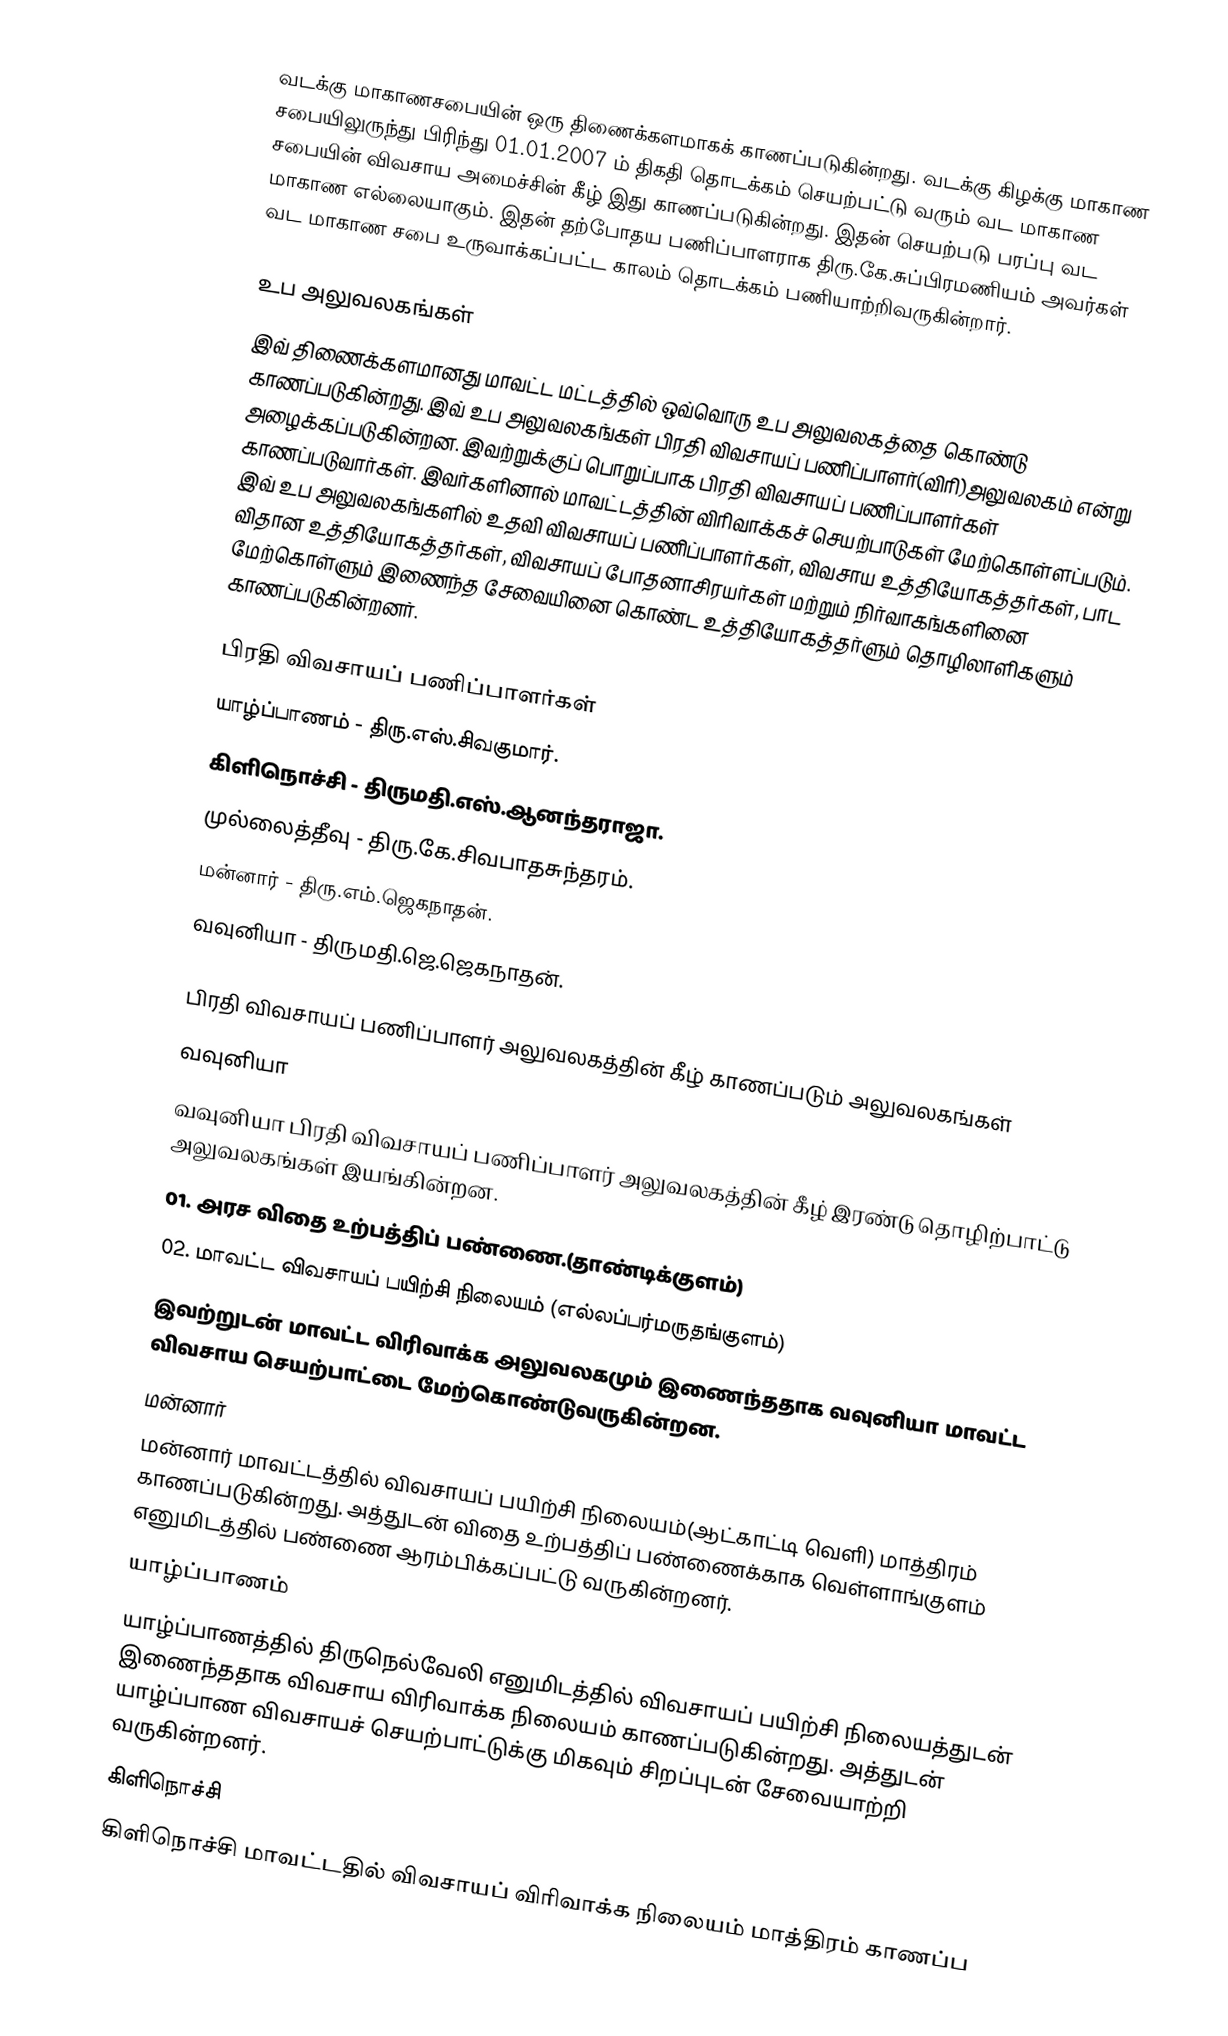
வடக்கு மாகாணசபையின் ஒரு திணைக்களமாகக் காணப்படுகின்றது. வடக்கு கிழக்கு மாகாண சபையிலுருந்து பிரிந்து 01.01.2007 ம் திகதி தொடக்கம் செயற்பட்டு வரும் வட மாகாண சபையின் விவசாய அமைச்சின் கீழ் இது காணப்படுகின்றது. இதன் செயற்படு பரப்பு வட மாகாண எல்லையாகும். இதன் தற்போதய பணிப்பாளராக திரு.கே.சுப்பிரமணியம் அவர்கள் வட மாகாண சபை உருவாக்கப்பட்ட காலம் தொடக்கம் பணியாற்றிவருகின்றார்.

உப அலுவலகங்கள்
இவ் திணைக்களமானது மாவட்ட மட்டத்தில் ஒவ்வொரு உப அலுவலகத்தை கொண்டு காணப்படுகின்றது. இவ் உப அலுவலகங்கள் பிரதி விவசாயப் பணிப்பாளர்(விரி)அலுவலகம் என்று அழைக்கப்படுகின்றன. இவற்றுக்குப் பொறுப்பாக பிரதி விவசாயப் பணிப்பாளர்கள் காணப்படுவார்கள். இவர்களினால் மாவட்டத்தின் விரிவாக்கச் செயற்பாடுகள் மேற்கொள்ளப்படும். இவ் உப அலுவலகங்களில் உதவி விவசாயப் பணிப்பாளர்கள், விவசாய உத்தியோகத்தர்கள், பாட விதான உத்தியோகத்தர்கள், விவசாயப் போதனாசிரயர்கள் மற்றும் நிர்வாகங்களினை மேற்கொள்ளும் இணைந்த சேவையினை கொண்ட உத்தியோகத்தர்ளும் தொழிலாளிகளும் காணப்படுகின்றனர்.

பிரதி விவசாயப் பணிப்பாளர்கள்
யாழ்ப்பாணம் - திரு.எஸ்.சிவகுமார்.
கிளிநொச்சி - திருமதி.எஸ்.ஆனந்தராஜா.
முல்லைத்தீவு - திரு.கே.சிவபாதசுந்தரம்.
மன்னார் - திரு.எம்.ஜெகநாதன்.
வவுனியா - திருமதி.ஜெ.ஜெகநாதன்.

பிரதி விவசாயப் பணிப்பாளர் அலுவலகத்தின் கீழ் காணப்படும் அலுவலகங்கள்
வவுனியா
வவுனியா பிரதி விவசாயப் பணிப்பாளர் அலுவலகத்தின் கீழ் இரண்டு தொழிற்பாட்டு அலுவலகங்கள் இயங்கின்றன.
01. அரச விதை உற்பத்திப் பண்ணை.(தாண்டிக்குளம்)
02. மாவட்ட விவசாயப் பயிற்சி நிலையம் (எல்லப்பர்மருதங்குளம்)
இவற்றுடன் மாவட்ட விரிவாக்க அலுவலகமும் இணைந்ததாக வவுனியா மாவட்ட விவசாய செயற்பாட்டை மேற்கொண்டுவருகின்றன.
மன்னார்
மன்னார் மாவட்டத்தில் விவசாயப் பயிற்சி நிலையம்(ஆட்காட்டி வெளி) மாத்திரம் காணப்படுகின்றது. அத்துடன் விதை உற்பத்திப் பண்ணைக்காக வெள்ளாங்குளம் எனுமிடத்தில் பண்ணை ஆரம்பிக்கப்பட்டு வருகின்றனர்.
யாழ்ப்பாணம்
யாழ்ப்பாணத்தில் திருநெல்வேலி எனுமிடத்தில் விவசாயப் பயிற்சி நிலையத்துடன் இணைந்ததாக விவசாய விரிவாக்க நிலையம் காணப்படுகின்றது. அத்துடன் யாழ்ப்பாண விவசாயச் செயற்பாட்டுக்கு மிகவும் சிறப்புடன் சேவையாற்றி வருகின்றனர்.
கிளிநொச்சி
கிளிநொச்சி மாவட்டதில் விவசாயப் விரிவாக்க நிலையம் மாத்திரம் காணப்ப